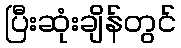
ပြီးဆုံးချိန်တွင်